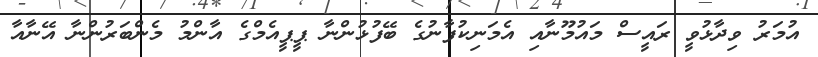
އުމަރު ވިދާޅުވީ ރައީސް މައުމޫނާއި އެމަނިކުފާނުގެ ބޭފުޅުންނާ ޕީޕީއެމްގެ އާންމު މެންބަރުންނާ އޭނާއާ